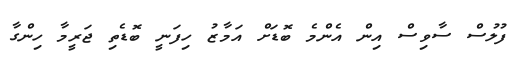
ފުލުސް ސާވިސް އިން އެންމެ ބޮޑަށް އަމާޒު ހިފަނީ ބޮޑެތި ޖަރީމާ ހިންގާ